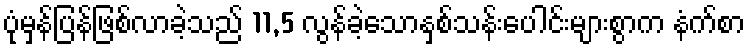
ပုံမှန်ပြန်ဖြစ်လာခဲ့သည် 11,5 လွန်ခဲ့သောနှစ်သန်းပေါင်းများစွာက နံက်စာ